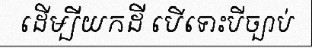
ដើម្បីយកដី បើទោះបីច្បាប់